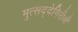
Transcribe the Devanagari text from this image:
मुत्सद्देगिरीची